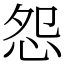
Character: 怨